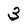
Character: 3